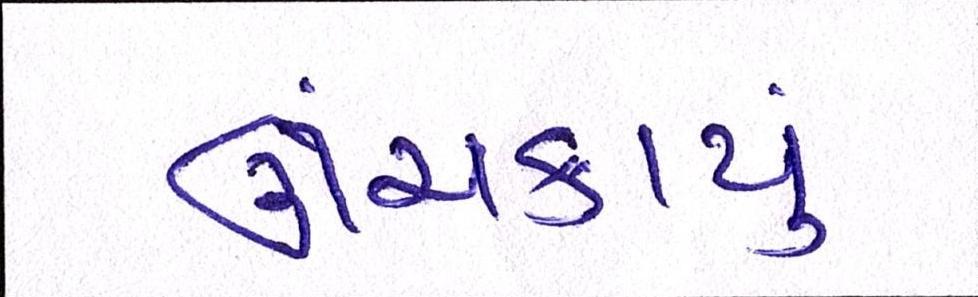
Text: ઊંચકાયું